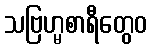
သဗြဟ္မစာရီတွေဝ